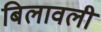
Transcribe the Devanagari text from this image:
बिलावली